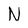
Character: N